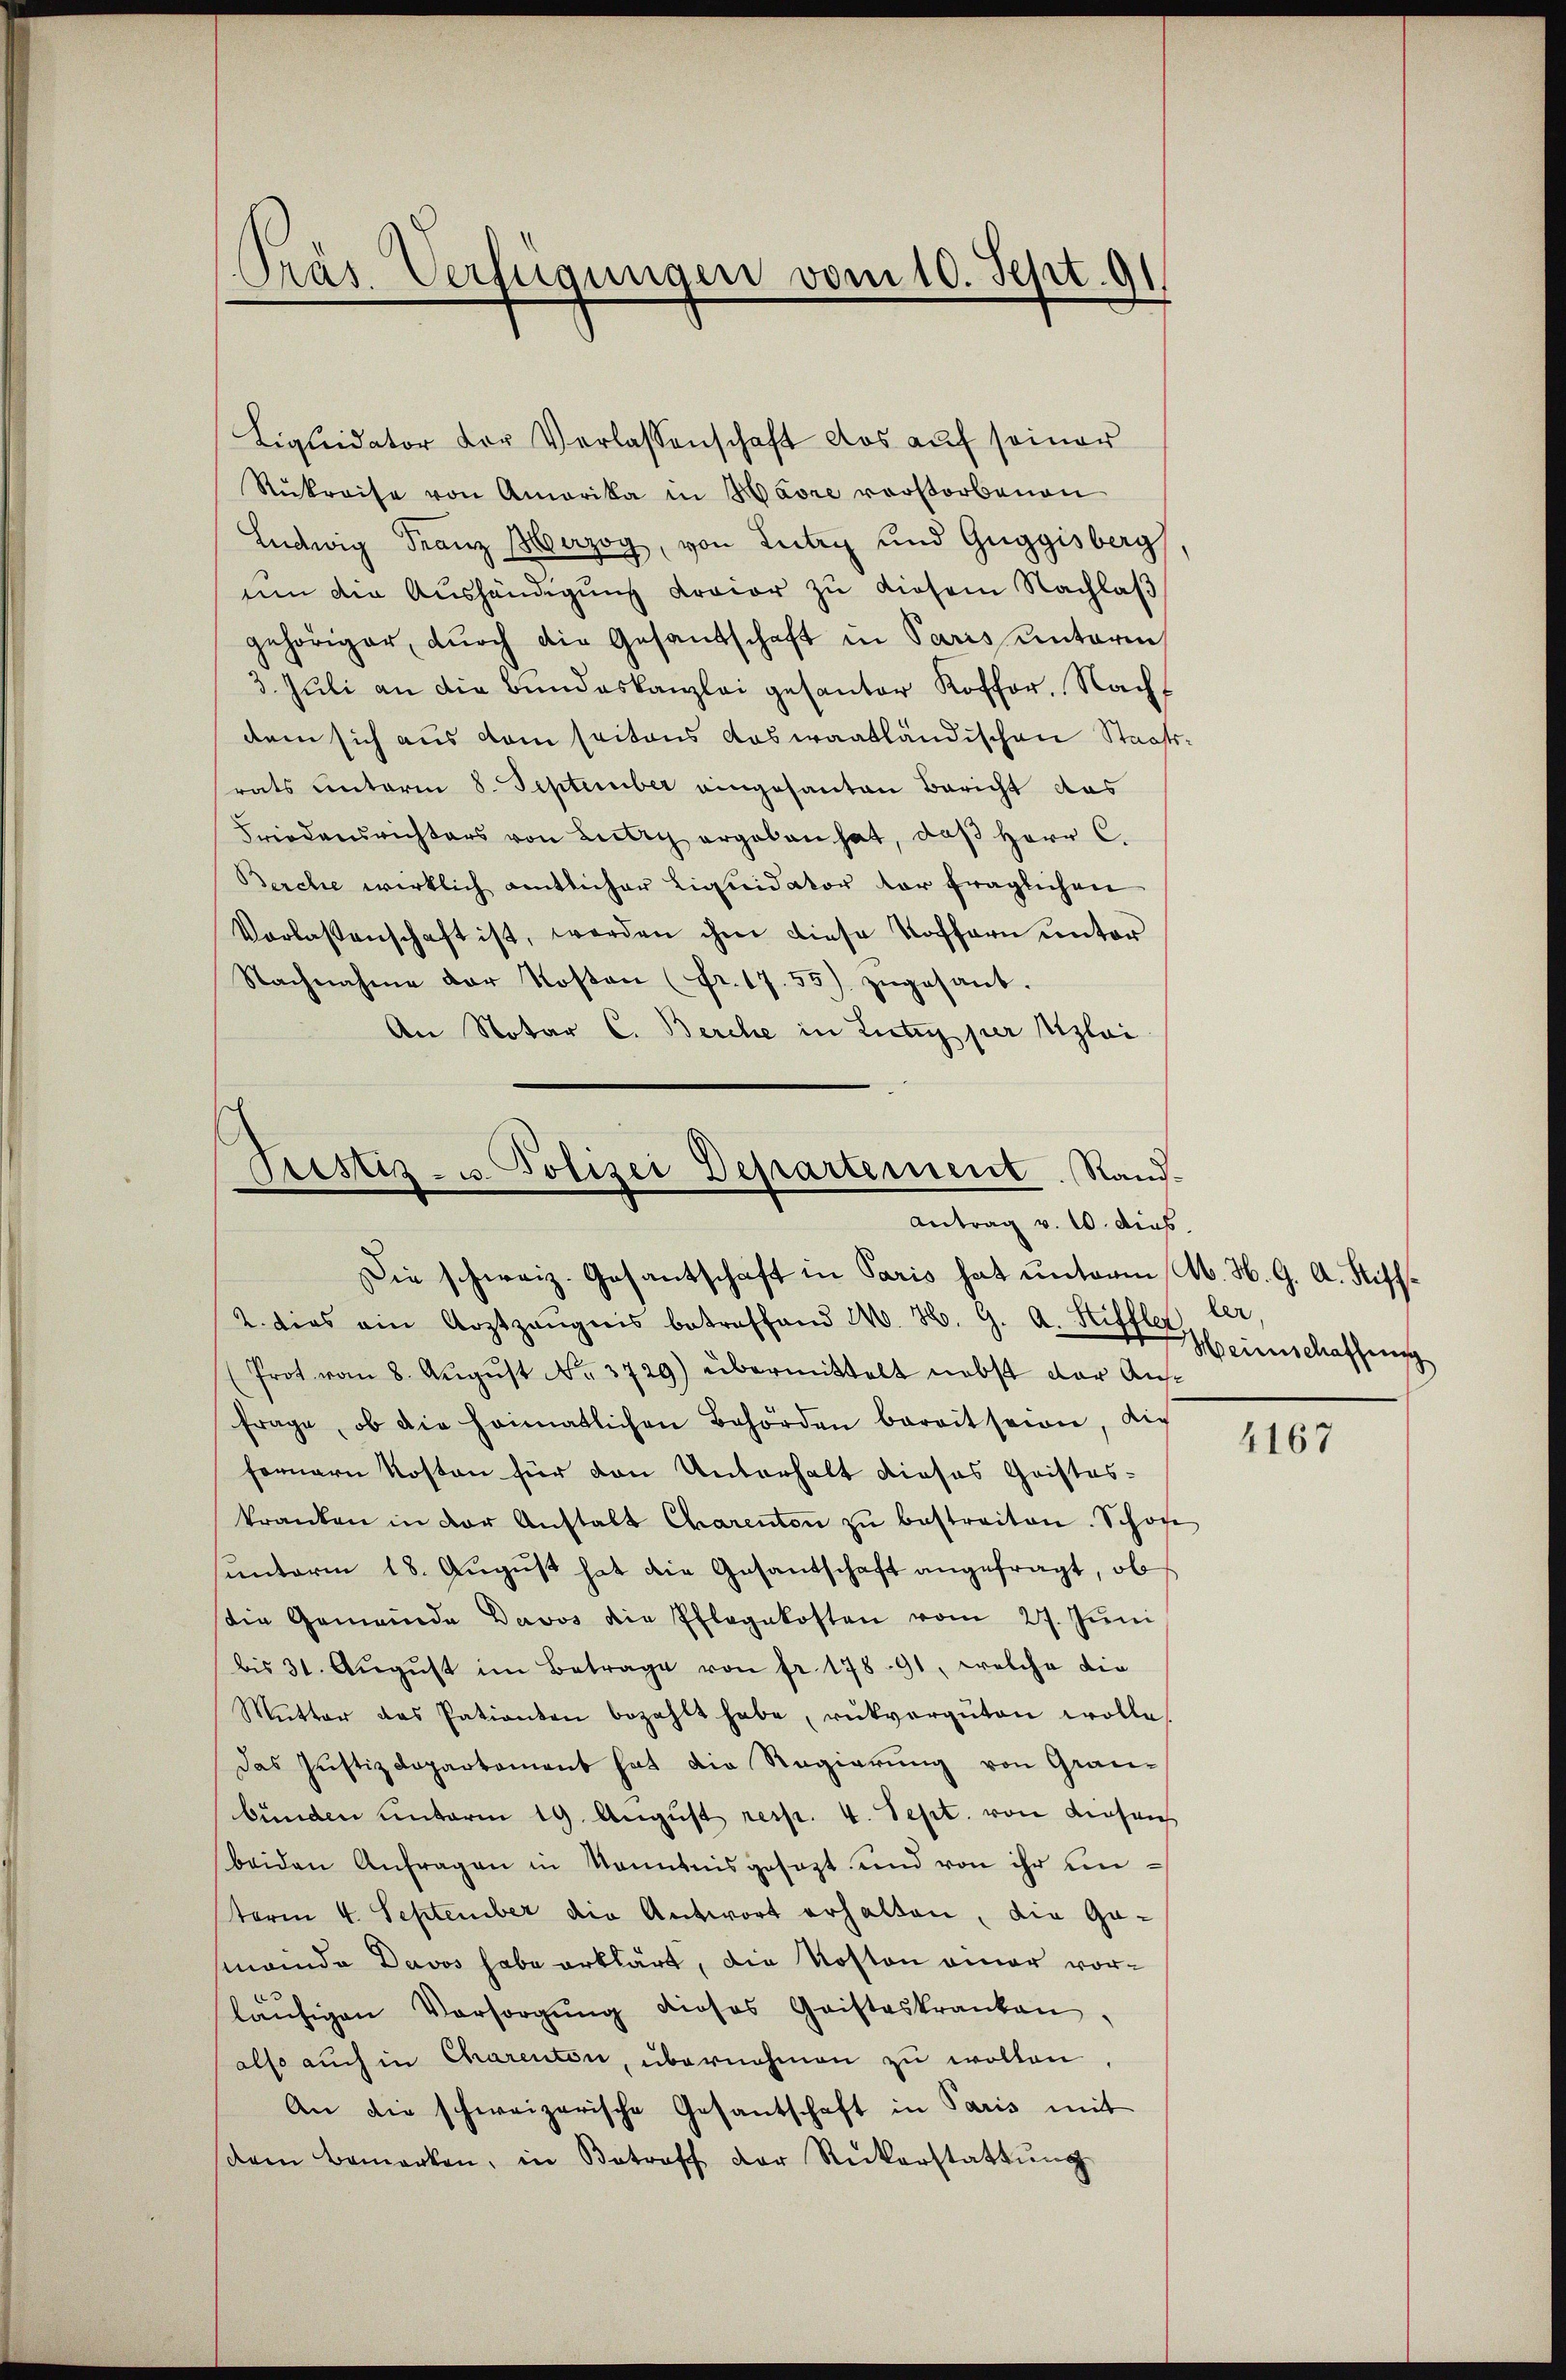
Rukreise von Amerika in Havre vorstorbenen
Ludwig Franz Merzog, von Lutry und Guggisberg
ŭm die Aŭshändigŭng draier zŭ diesem Nachlaβ
gehöriger, durch die Gesandschaft in Paris unterm
3. Juli an die Bundeskanzlei gesanter Koffer, Nach
dem sich aus dem seitens das waatländischen Staats
rats unterm 8. September eingesanten Bericht das
Friedensrichters von Lutry ergaben hat, daβ Herr C.
Berche wirklich amtlicher Liquidator der fraglichen
Vorlassenschaft ist, werden ihm diese Koffern unter
Nachnahme der Kosten (fr. 17. 55) zŭgesant.
An Notar C. Berche in Liter per Aloi

Präs. Verfügungen vom 10. Sept. 91.

Liquidator der Verlassenschaft das auf seiner

Justiz- u. Polizei Departement. Stand.
Antrag v. 10. dies
Die schweiz. Gesantschaft in Paris hat unterm M. H. G. A. Stiff¬

2. dies ein Arztzeŭgnis betreffend W. H. G. A. Stiffler, ler,
(Prot vom 8. Aŭgŭst No. 3729) übermittelt nebst der Ausfrage, ob die heimatlichen Behörden berait seien, dic
fernern Kosten für den Unterhalt dieses Cristes-
kranken in der Anstalt Charenton zŭ bestreiten. Schon
ŭnterm 18. Aŭgŭst hat die Gesantschaft angefragt, ob
die Gemeinde Davos die Pflegekosten vom 27. Juni
bis 31. Aŭgŭst im Betrage von fr. 178. 91, welche die
Mŭtter das Patianten bezahlt habe, rükvergüten wolle
Das Justizdepartement hat die Regierung von Grau-
bunden unterm 19. August resp. 4. Sept. von diesen
beiden Anfragen in Kenntnisgesezt und von ihr unsterm 4. September die Antwort erhalten, die Ga-
manda Davos habe erklärt, die Kosten einer vorläŭfigen Vorsorgŭng dieses Geisteskranken,
also auch in Charenten, übernehmen zu wollen
An die schweizerische Gesantschaft in Paris mit
dam bemerken, in Betreff der Ruckerstattung

Heinschaffung

4167